Lunatic asylums in Bengal annual reports 1888-1898 - 1888-1898
Year: 1888
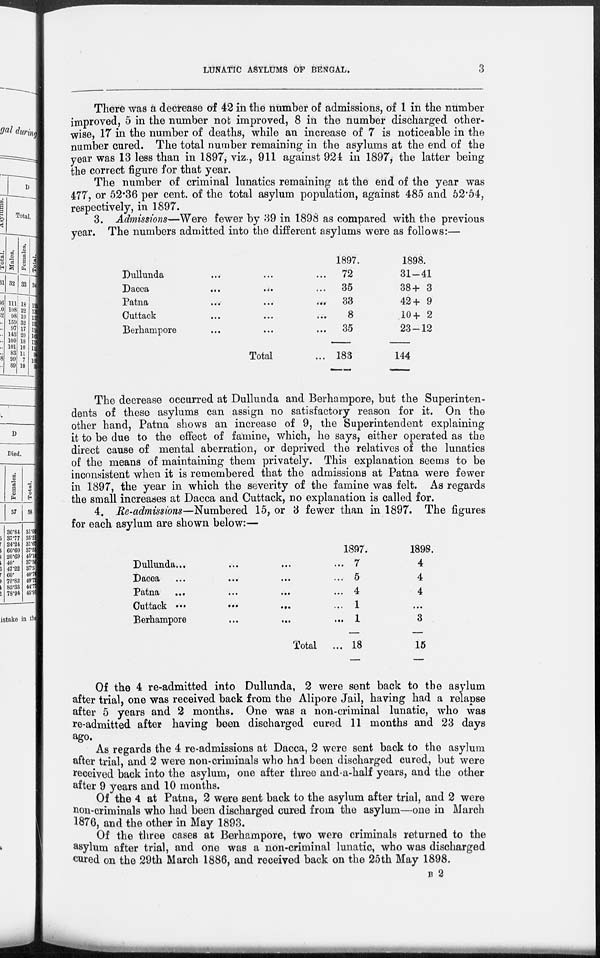
LUNATIC ASYLUMS OF BENGAL.
3
There was a decrease of 42 in the number of admissions, of 1 in the number
improved, 5 in the number not improved, 8 in the number discharged other-
wise, 17 in the number of deaths, while an increase of 7 is noticeable in the
number cured. The total number remaining in the asylums at the end of the
year was 13 less than in 1897, viz., 911 against 924 in 1897, the latter being
the correct figure for that year.
The number of criminal lunatics remaining at the end of the year was
477, or 52.36 per cent. of the total asylum population, against 485 and 52.54,
respectively, in 1897.
3. Admissions—Were fewer by 39 in 1898 as compared with the previous
year. The numbers admitted into the different asylums were as follows:—
Dullunda ... ... ...
Dacca ... ... ...
Patna
...
...
...
Cuttack ... ...
Berhampore ... ...
Total ...
1897.
72
35
33
8
35
183
1898.
31—41
38+ 3
42+ 9
10+ 2
23—12
144
The decrease occurred at Dullunda and Berhampore, but the Superinten-
dents of these asylums can assign no satisfactory reason for it. On the
other hand, Patna shows an increase of 9, the Superintendent explaining
it to be due to the effect of famine, which, he says, either operated as the
direct cause of mental aberration, or deprived the relatives of the lunatics
of the means of maintaining them privately. This explanation seems to be
inconsistent when it is remembered that the admissions at Patna were fewer
in 1897, the year in which the severity of the famine was felt. As regards
the small increases at Dacca and Cuttack, no explanation is called for.
4. Re-admissions—Numbered 15, or 3 fewer than in 1897. The figures
for each asylum are shown below:—
Dullunda ... ... ... ...
Dacca ...
...
... ...
Patna
...
...
...
...
Cuttack
...
...
... ...
Berhampore
...
...
...
Total ...
1897.
7
5
4
1
1
18
1898.
4
4
4
...
3
15
Of the 4 re-admitted into Dullunda, 2 were sent back to the asylum
after trial, one was received back from the Alipore Jail, having had a relapse
after 5 years and 2 months. One was a non-criminal lunatic, who was
re-admitted after having been discharged cured 11 months and 23 days
ago.
As regards the 4 re-admissions at Dacca, 2 were sent back to the asylum
after trial, and 2 were non-criminals who had been discharged cured, but were
received back into the asylum, one after three and-a-half years, and the other
after 9 years and 10 months.
Of the 4 at Patna, 2 were sent back to the asylum after trial, and 2 were
non-criminals who had been discharged cured from the asylum—one in March
1876, and the other in May 1893.
Of the three cases at Berhampore, two were criminals returned to the
asylum after trial, and one was a non-criminal lunatic, who was discharged
cured on the 29th March 1886, and received back on the 25th May 1898.
B 2